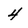
Character: 4